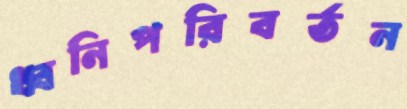
ধ্বনিপরিবর্তন